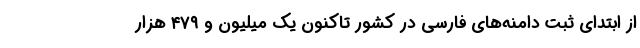
از ابتدای ثبت دامنه‌های فارسی در کشور تاکنون یک میلیون و ۴۷۹ هزار